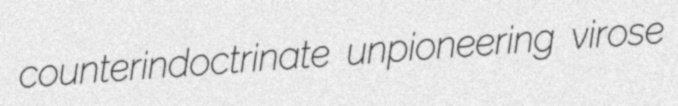
counterindoctrinate unpioneering virose